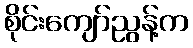
စိုင်းကျော်ညွန့်က